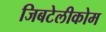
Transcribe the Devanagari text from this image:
जिबटेलीकोम